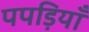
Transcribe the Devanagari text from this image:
पपड़ियाँ